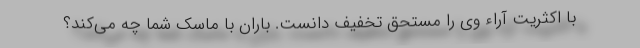
با اکثریت آراء وی را مستحق تخفیف دانست. باران با ماسک شما چه می‌کند؟